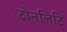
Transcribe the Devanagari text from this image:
टोनलिटि